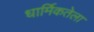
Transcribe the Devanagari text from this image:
धार्मिकतेला